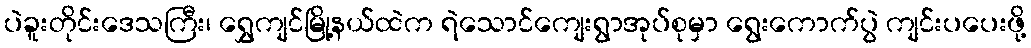
ပဲခူးတိုင်းဒေသကြီး၊ ရွှေကျင်မြို့နယ်ထဲက ရဲသောင်ကျေးရွာအုပ်စုမှာ ရွေးကောက်ပွဲ ကျင်းပပေးဖို့